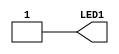
// This program was cloned from: https://github.com/FPGAwars/apio-examples
// License: GNU General Public License v2.0

//------------------------------------------------------------------
//-- Verilog template
//-- Top entity
//-- Board: Nandland go-board
//------------------------------------------------------------------
`default_nettype none

//-- Template for the top entity
module top(output wire LED1);

//-- Turn on the D1 (red led) on the icestick
assign LED1 = 1'b1;

endmodule